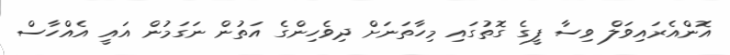
އޮންއެރައިވަލް ވިސާ ފީގެ ގޮތުގައި މިހާތަނަށް ދިވެހިންގެ އަތުން ނަގަމުން އައީ އެއްހާސް